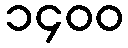
၁၄၀၀